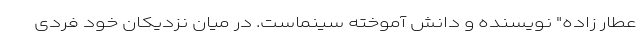
عطار زاده" نویسنده و دانش آموخته سینماست. در میان نزدیکان خود فردی